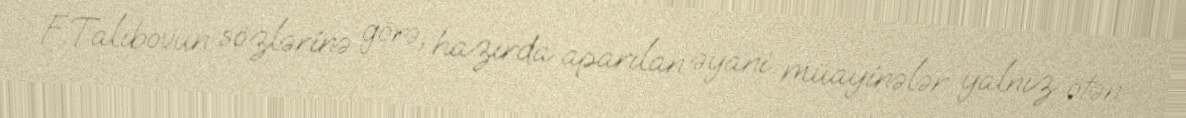
F.Talıbovun sözlərinə görə, hazırda aparılan əyani müayinələr yalnız ötən